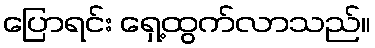
ပြောရင်း ရှေ့ထွက်လာသည်။